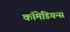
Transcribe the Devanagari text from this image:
कॉमेडियन्स